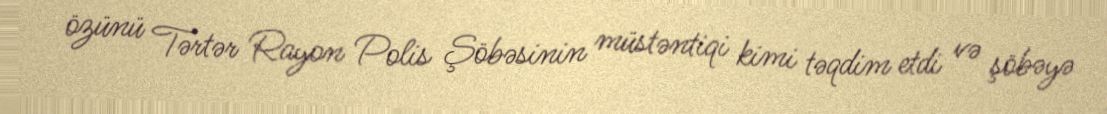
özünü Tərtər Rayon Polis Şöbəsinin müstəntiqi kimi təqdim etdi və şöbəyə